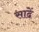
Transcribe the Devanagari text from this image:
साढें